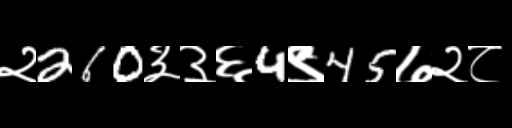
Text: २260३३६4९45७२८